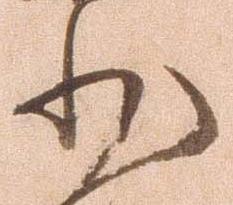
少